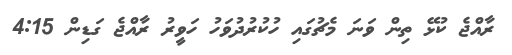
ރާއްޖެ ކުޅޭ ތިން ވަނަ މެޗުގައި ހުކުރުދުވަހު ހަވީރު ރާއްޖެ ގަޑިން 4:15